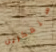
ستفكرين